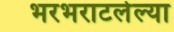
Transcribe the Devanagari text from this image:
भरभराटलेल्या